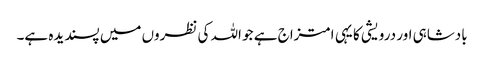
بادشاہی اور درویشی کا یہی امتزاج ہے جو اللہ کی نظروں میں پسندیدہ ہے۔